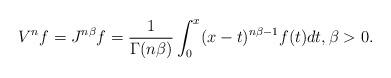
LaTeX: \begin{align*}V^{n}f=J^{n\beta}f=\frac{1}{\Gamma(n\beta)}\int_{0}^{x}(x-t)^{n\beta-1}f(t)dt,\beta>0.\end{align*}